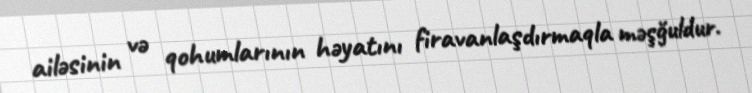
ailəsinin və qohumlarının həyatını firavanlaşdırmaqla məşğuldur.